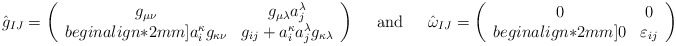
\begin{align*}\begin{array}{ccc}\hat{g}_{IJ}=\left(\begin{array}{cc} g_{\mu\nu} & g_{\mu\lambda} a_j^\lambda \\begin{align*}2mm] a_i^\kappa g_{\kappa\nu} & g_{ij}+a_i^\kappa a_j^\lambda g_{\kappa\lambda}\end{array}\right)&\ \ \mbox{and} \ \ &\hat\omega_{IJ}=\left(\begin{array}{cc} 0 & 0 \\begin{align*}2mm] 0 & \varepsilon_{ij}\end{array}\right)\end{array}\end{align*}